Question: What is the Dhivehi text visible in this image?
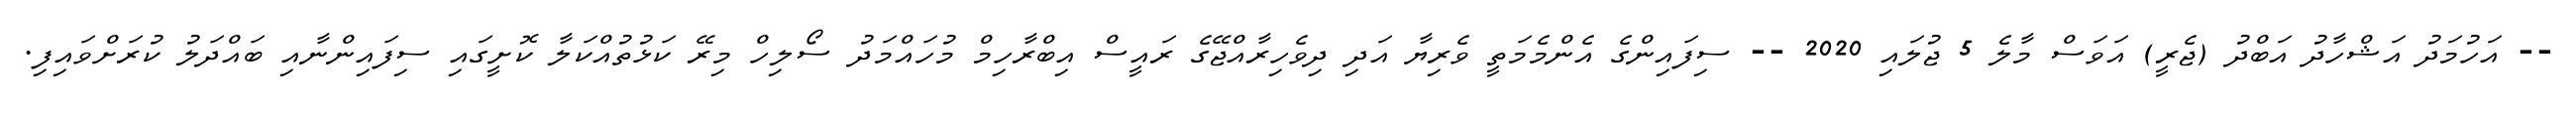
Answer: -- އަހުމަދު އަޝްހާދު އަބްދު (ޖެރީ) އަވަސް މާލެ 5 ޖުލައި 2020 -- ސިފައިންގެ އެންމެމަތީ ވެރިޔާ އަދި ދިވެހިރާއްޖޭގެ ރައީސް އިބްރާހިމް މުހައްމަދު ސޯލިހް މިރޭ ކަޅުތުއްކަލާ ކޮށީގައި ސިފައިންނާއި ބައްދަލު ކުރަށްވައިފި.